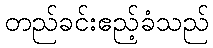
တည်ခင်းဧည့်ခံသည်